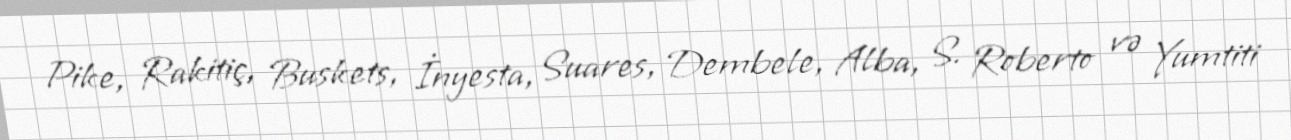
Pike, Rakitiç, Buskets, İnyesta, Suares, Dembele, Alba, S. Roberto və Yumtiti